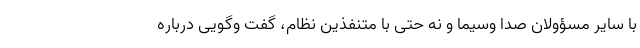
با سایر مسؤولان صدا وسیما و نه حتی با متنفذین نظام، گفت‌ وگویی درباره‌